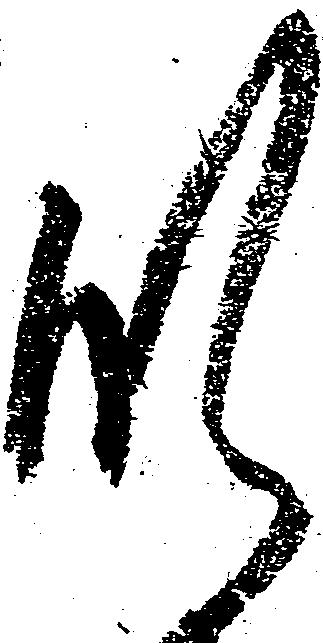
肝